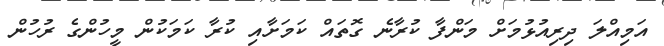
އަމިއްލަ ދިރިއުޅުމަށް މަންފާ ކުރާނެ ގޮތައް ކަމަށާއި ކުރާ ކަމަކުން މީހުންގެ ރުހުން